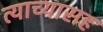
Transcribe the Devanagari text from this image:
त्याच्यासह